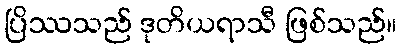
ပြိဿသည် ဒုတိယရာသီ ဖြစ်သည်။